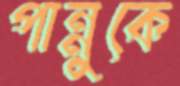
পান্নুকে